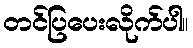
တင်ပြပေးလိုက်ပါ။